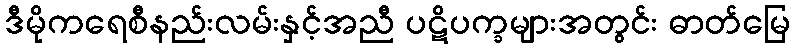
ဒီမိုကရေစီနည်းလမ်းနှင့်အညီ ပဋိပက္ခများအတွင်း ဓာတ်မြေ